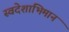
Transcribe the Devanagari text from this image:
स्वदेशाभिमान